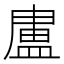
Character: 𭾊